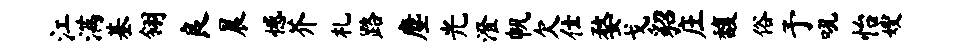
江满基翎良晨憾芥札路麈光澄帆欠仕婺戈貂庄馥俗予吼怡嫂